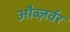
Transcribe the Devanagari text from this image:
औब्ज़र्वर